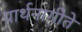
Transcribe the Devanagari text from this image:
प्रार्थनागीते